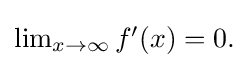
{\textstyle \lim _{x\to \infty }f'(x)=0.}